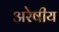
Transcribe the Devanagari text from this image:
अरेषीय